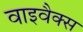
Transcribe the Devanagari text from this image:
वाइवैक्स